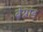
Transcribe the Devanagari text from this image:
बेग्रांड